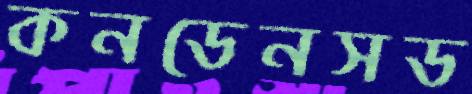
কনডেনসড